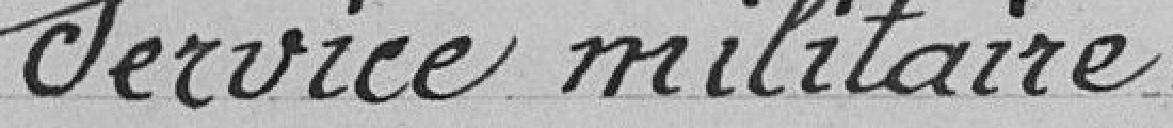
Service militaire